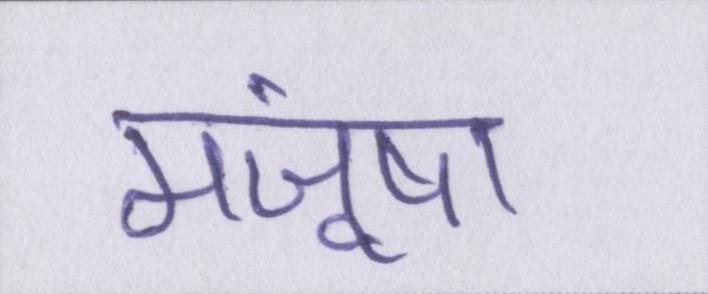
मंजूषा